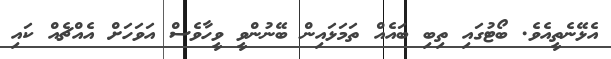
އެޅޭނެތީއެވެ. ބޯޓުގައި ތިބި ބައެއް ތަމަޅައިން ބޭނުންވީ ވީހާވެސް އަވަހަށް އެއްޗެއް ކައި